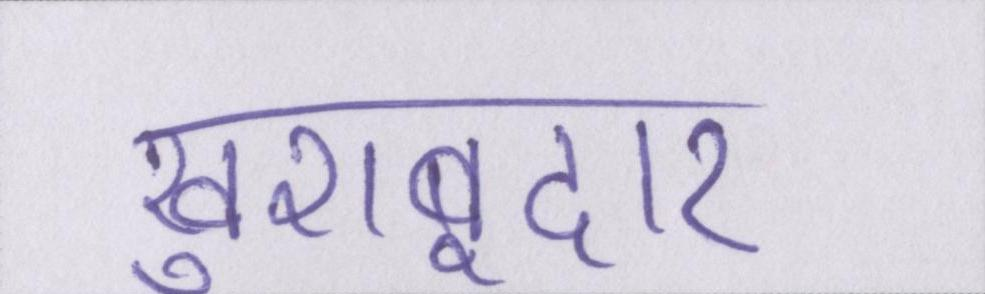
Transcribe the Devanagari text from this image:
खुशबूदार